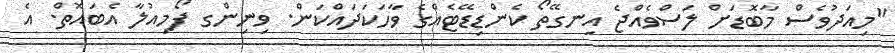
"މިއަދުވެސް މާބޮޑަށް ލަސްވެއްޖެ އިނގޭތޯ ކެންޑިޑޭޓެއްގެ ވާހަކަދައްކަން. ވިނިންގ ފޯމިއުލާ އެބައޮތް. އެ